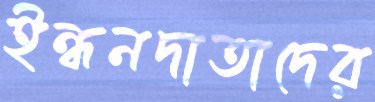
ইন্ধনদাতাদের